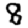
Digit: 8